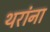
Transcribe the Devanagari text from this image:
थरांना